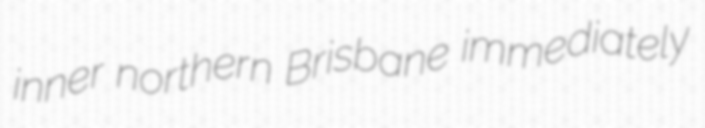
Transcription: inner northern Brisbane immediately